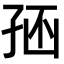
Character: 𡥢